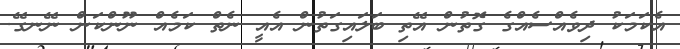
އެކަމަކު ދިވެއްސެއްގެ ގޮތުން އޭތި ބަލައިގަތުން އެއީ ނެތް ކަމެއް ނޫންކަން ނޭނގޭ.